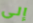
إلى